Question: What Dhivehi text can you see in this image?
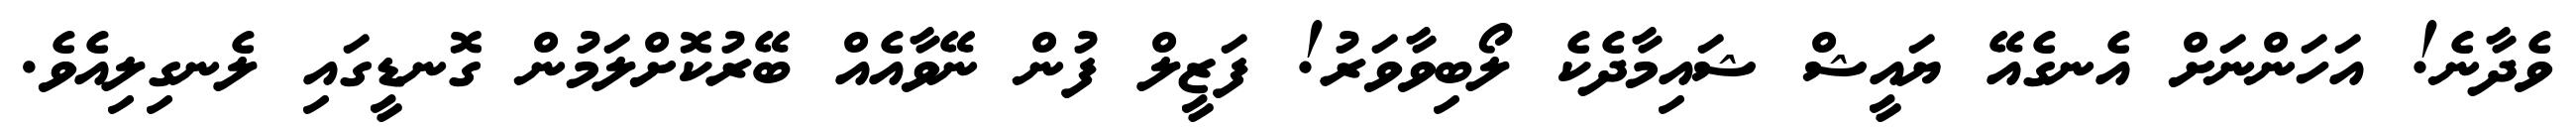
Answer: ވެދާނެ! އަހަންނަށް އެނގެއޭ ޔައީޝް ޝައިމާދެކެ ލޯބިވާވަރު! ފަޒީލް ފުން ނޭވާއެއް ބޭރުކޮށްލަމުން ގޮނޑީގައި ލެނގިލިއެވެ.